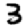
Digit: 3